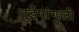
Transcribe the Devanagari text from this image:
तुईपांगुली